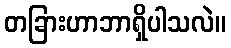
တခြားဟာဘာရှိပါသလဲ။